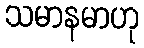
သမာနမာဟု